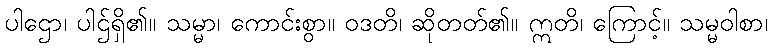
ပါဌော၊ ပါဌ်ရှိ၏။ သမ္မာ၊ ကောင်းစွာ။ ဝဒတိ၊ ဆိုတတ်၏။ ဣတိ၊ ကြောင့်။ သမ္မဝါစာ၊